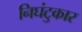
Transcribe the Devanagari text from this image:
निघंटुकार